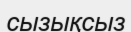
сызықсыз